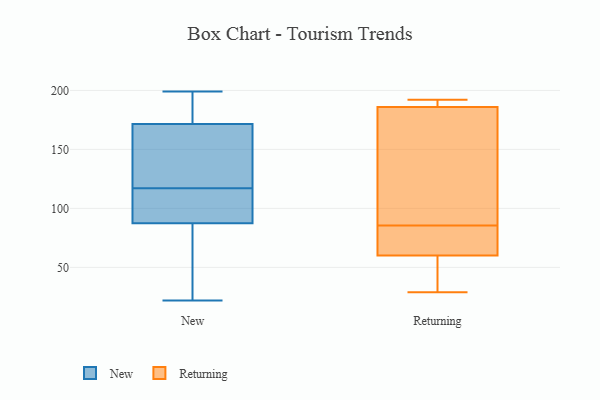
{"axis": {"x": "LTV (USD)", "y": "Value"}, "legend": ["New", "Returning"], "data": [{"x": "", "y": 168, "type": "New"}, {"x": "", "y": 88, "type": "New"}, {"x": "", "y": 104, "type": "New"}, {"x": "", "y": 127, "type": "New"}, {"x": "", "y": 179, "type": "New"}, {"x": "", "y": 173, "type": "New"}, {"x": "", "y": 98, "type": "New"}, {"x": "", "y": 121, "type": "New"}, {"x": "", "y": 59, "type": "New"}, {"x": "", "y": 199, "type": "New"}, {"x": "", "y": 113, "type": "New"}, {"x": "", "y": 87, "type": "New"}, {"x": "", "y": 172, "type": "New"}, {"x": "", "y": 171, "type": "New"}, {"x": "", "y": 22, "type": "New"}, {"x": "", "y": 58, "type": "New"}, {"x": "", "y": 63, "type": "Returning"}, {"x": "", "y": 29, "type": "Returning"}, {"x": "", "y": 192, "type": "Returning"}, {"x": "", "y": 122, "type": "Returning"}, {"x": "", "y": 190, "type": "Returning"}, {"x": "", "y": 29, "type": "Returning"}, {"x": "", "y": 60, "type": "Returning"}, {"x": "", "y": 186, "type": "Returning"}, {"x": "", "y": 106, "type": "Returning"}, {"x": "", "y": 65, "type": "Returning"}]}